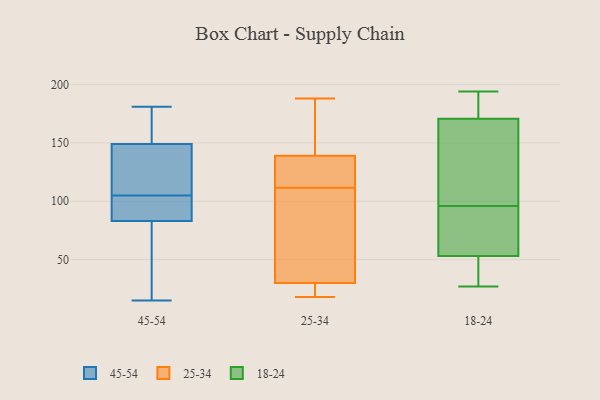
{"axis": {"x": "Net Income (USD K)", "y": "Value"}, "legend": ["18-24", "25-34", "45-54"], "data": [{"x": "", "y": 181, "type": "45-54"}, {"x": "", "y": 171, "type": "45-54"}, {"x": "", "y": 167, "type": "45-54"}, {"x": "", "y": 130, "type": "45-54"}, {"x": "", "y": 46, "type": "45-54"}, {"x": "", "y": 95, "type": "45-54"}, {"x": "", "y": 131, "type": "45-54"}, {"x": "", "y": 81, "type": "45-54"}, {"x": "", "y": 114, "type": "45-54"}, {"x": "", "y": 120, "type": "45-54"}, {"x": "", "y": 167, "type": "45-54"}, {"x": "", "y": 113, "type": "45-54"}, {"x": "", "y": 82, "type": "45-54"}, {"x": "", "y": 84, "type": "45-54"}, {"x": "", "y": 91, "type": "45-54"}, {"x": "", "y": 15, "type": "45-54"}, {"x": "", "y": 50, "type": "45-54"}, {"x": "", "y": 89, "type": "45-54"}, {"x": "", "y": 97, "type": "45-54"}, {"x": "", "y": 168, "type": "45-54"}, {"x": "", "y": 30, "type": "25-34"}, {"x": "", "y": 20, "type": "25-34"}, {"x": "", "y": 148, "type": "25-34"}, {"x": "", "y": 103, "type": "25-34"}, {"x": "", "y": 130, "type": "25-34"}, {"x": "", "y": 63, "type": "25-34"}, {"x": "", "y": 139, "type": "25-34"}, {"x": "", "y": 120, "type": "25-34"}, {"x": "", "y": 18, "type": "25-34"}, {"x": "", "y": 188, "type": "25-34"}, {"x": "", "y": 29, "type": "18-24"}, {"x": "", "y": 96, "type": "18-24"}, {"x": "", "y": 27, "type": "18-24"}, {"x": "", "y": 47, "type": "18-24"}, {"x": "", "y": 95, "type": "18-24"}, {"x": "", "y": 167, "type": "18-24"}, {"x": "", "y": 194, "type": "18-24"}, {"x": "", "y": 192, "type": "18-24"}, {"x": "", "y": 103, "type": "18-24"}, {"x": "", "y": 55, "type": "18-24"}, {"x": "", "y": 104, "type": "18-24"}, {"x": "", "y": 182, "type": "18-24"}, {"x": "", "y": 72, "type": "18-24"}]}